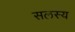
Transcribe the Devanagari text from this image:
सलस्य